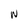
Character: W